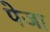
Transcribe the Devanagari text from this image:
पेजा